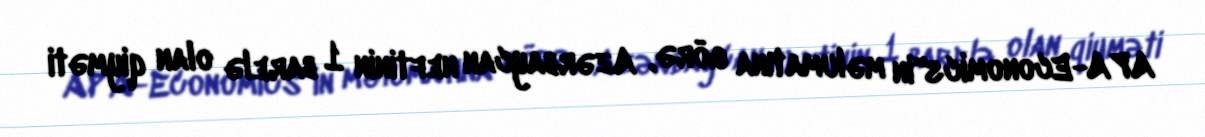
APA-Economics"in məlumatına görə, Azərbaycan neftinin 1 barelə olan qiyməti